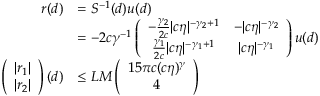
\begin{array} { r l } { r ( d ) } & { = S ^ { - 1 } ( d ) u ( d ) } \\ { \ } & { = - 2 c \gamma ^ { - 1 } \left( \begin{array} { c c } { - \frac { \gamma _ { 2 } } { 2 c } \vert c \eta \vert ^ { - \gamma _ { 2 } + 1 } } & { - \vert c \eta \vert ^ { - \gamma _ { 2 } } } \\ { \frac { \gamma _ { 1 } } { 2 c } \vert c \eta \vert ^ { - \gamma _ { 1 } + 1 } } & { \vert c \eta \vert ^ { - \gamma _ { 1 } } } \end{array} \right) u ( d ) } \\ { \left( \begin{array} { c c } { \vert r _ { 1 } \vert } \\ { \vert r _ { 2 } \vert } \end{array} \right) ( d ) } & { \le L M \left( \begin{array} { c c } { 1 5 \pi c ( c \eta ) ^ { \gamma } } \\ { 4 } \end{array} \right) } \end{array}